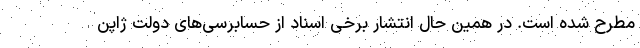
مطرح شده است. در همین حال انتشار برخی اسناد از حسابرسی‌های دولت ژاپن